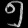
Digit: ၅